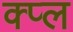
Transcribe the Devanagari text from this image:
क्प्ल